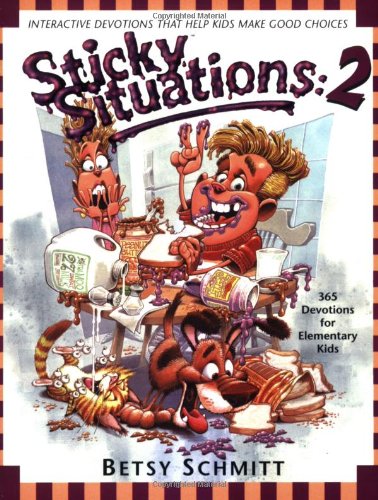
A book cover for Sticky Situations 2: 365 Devotions for Elementary Kids; Betsy Schmitt; Christian Books & Bibles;